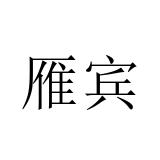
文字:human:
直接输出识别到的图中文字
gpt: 雁宾